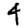
Digit: 4